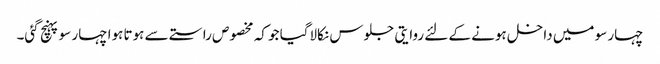
چہار سو میں داخل ہونے کے لئے روایتی جلوس نکالاگیا جو کہ مخصوص راستے سے ہوتا ہوا چہار سو پہنچ گئی۔